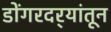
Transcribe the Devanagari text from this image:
डोंगरदर्‍यांतून